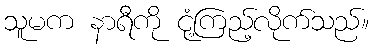
သူမက နာရီကို ငုံ့ကြည့်လိုက်သည်။